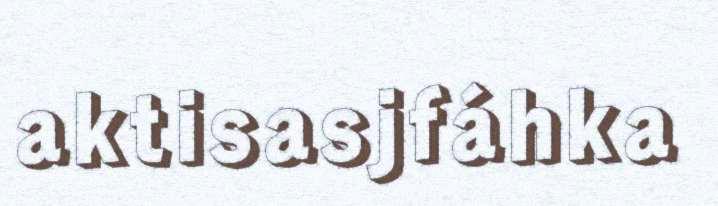
aktisasjfáhka